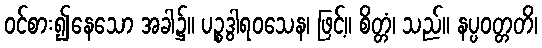
ဝင်စား၍နေသော အခါ၌။ ပဉ္စဒွါရဝသေန၊ ဖြင့်။ စိတ္တံ၊ သည်။ နပ္ပဝတ္တတိ၊